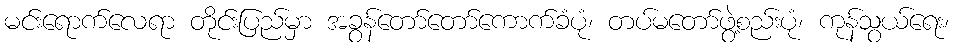
မင်းရောက်လေရာ တိုင်းပြည်မှာ အခွန်တော်တော်ကောက်ခံပုံ၊ တပ်မတော်ဖွဲ့စည်းပုံ၊ ကုန်သွယ်ရေး၊